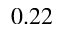
0 . 2 2